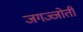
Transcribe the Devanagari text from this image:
जगज्जोती